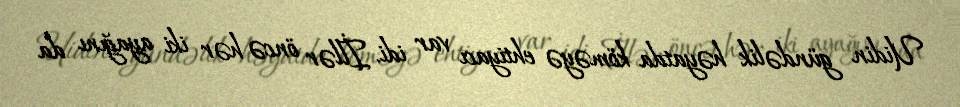
Uidin gündəlik həyatda köməyə ehtiyacı var idi. İllər öncə hər iki ayağını da